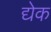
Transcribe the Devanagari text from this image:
द्येक